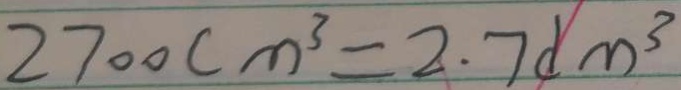
2 7 0 0 c m ^ { 3 } = 2 . 7 d m ^ { 3 }